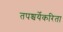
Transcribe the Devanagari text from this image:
तपश्चर्येकरिता